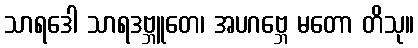
သာရဒေါ သာရဒဗ္ဘူတေ၊ အပဂဗ္ဘေ မတော တိသု။